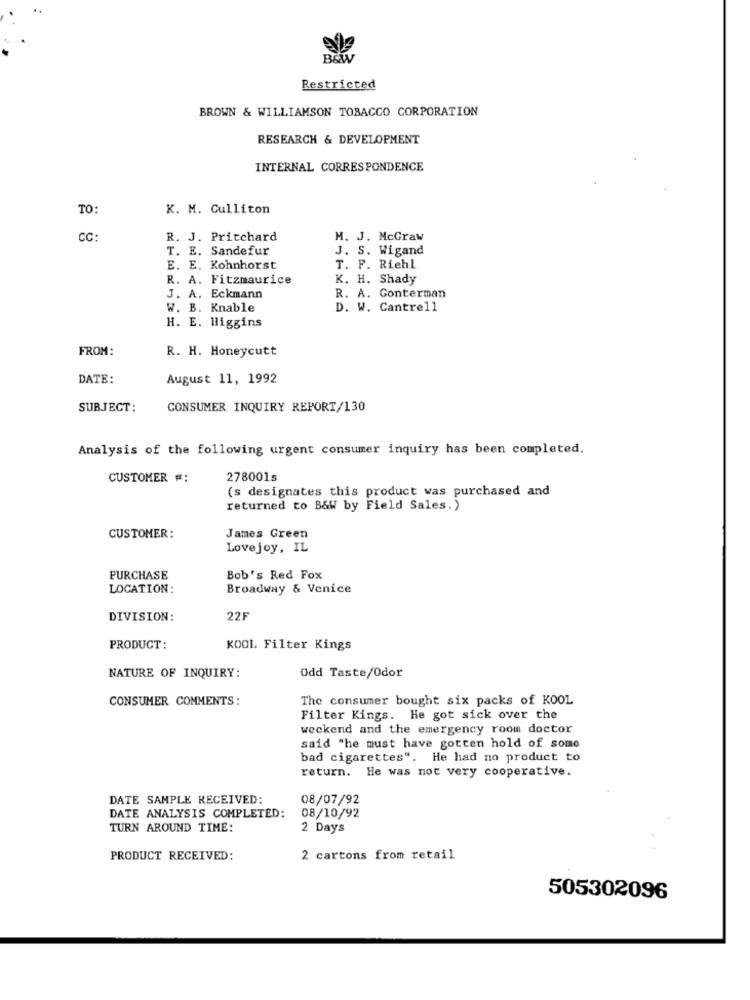
B&W
Restricted
BROWN & WILLIAMSON TOBACCO CORPORATION
RESEARCH & DEVELOPMENT
INTERNAL CORRESPONDENCE
TO:
K. M. Culliton
CC:
R. J. Pritchard
M. J. McGraw
T. E. Sandefur
J. S. Wigand
E. E. Kohnhorst
T. F. Riehl
R. A. Fitzmaurice
K. H. Shady
J. A. Eckmann
R. A. Gonterman
W. B. Knable
D. W. Cantrell
H. E. Higgins
FROM:
R. H. Honeycutt
DATE:
August 11, 1992
SUBJECT:
CONSUMER INQUIRY REPORT/130
Analysis of the following urgent consumer inquiry has been completed.
CUSTOMER #:
278001s
(s designates this product was purchased and
returned to B&W by Field Sales.)
CUSTOMER:
James Green
Lovejoy, IL
PURCHASE
Bob's Red Fox
LOCATION:
Broadway & Venice
DIVISION:
22F
PRODUCT:
KOOL Filter Kings
Odd Taste/Odor
NATURE OF INQUIRY:
CONSUMER COMMENTS:
The consumer bought six packs of KOOL
Filter Kings. He got sick over the
weekend and the emergency room doctor
said "he must have gotten hold of some
bad cigarettes". He had no product to
return. He was not very cooperative.
DATE SAMPLE RECEIVED:
08/07/92
DATE ANALYSIS COMPLETED:
08/10/92
TURN AROUND TIME:
2 Days
PRODUCT RECEIVED:
2 cartons from retail
505302096